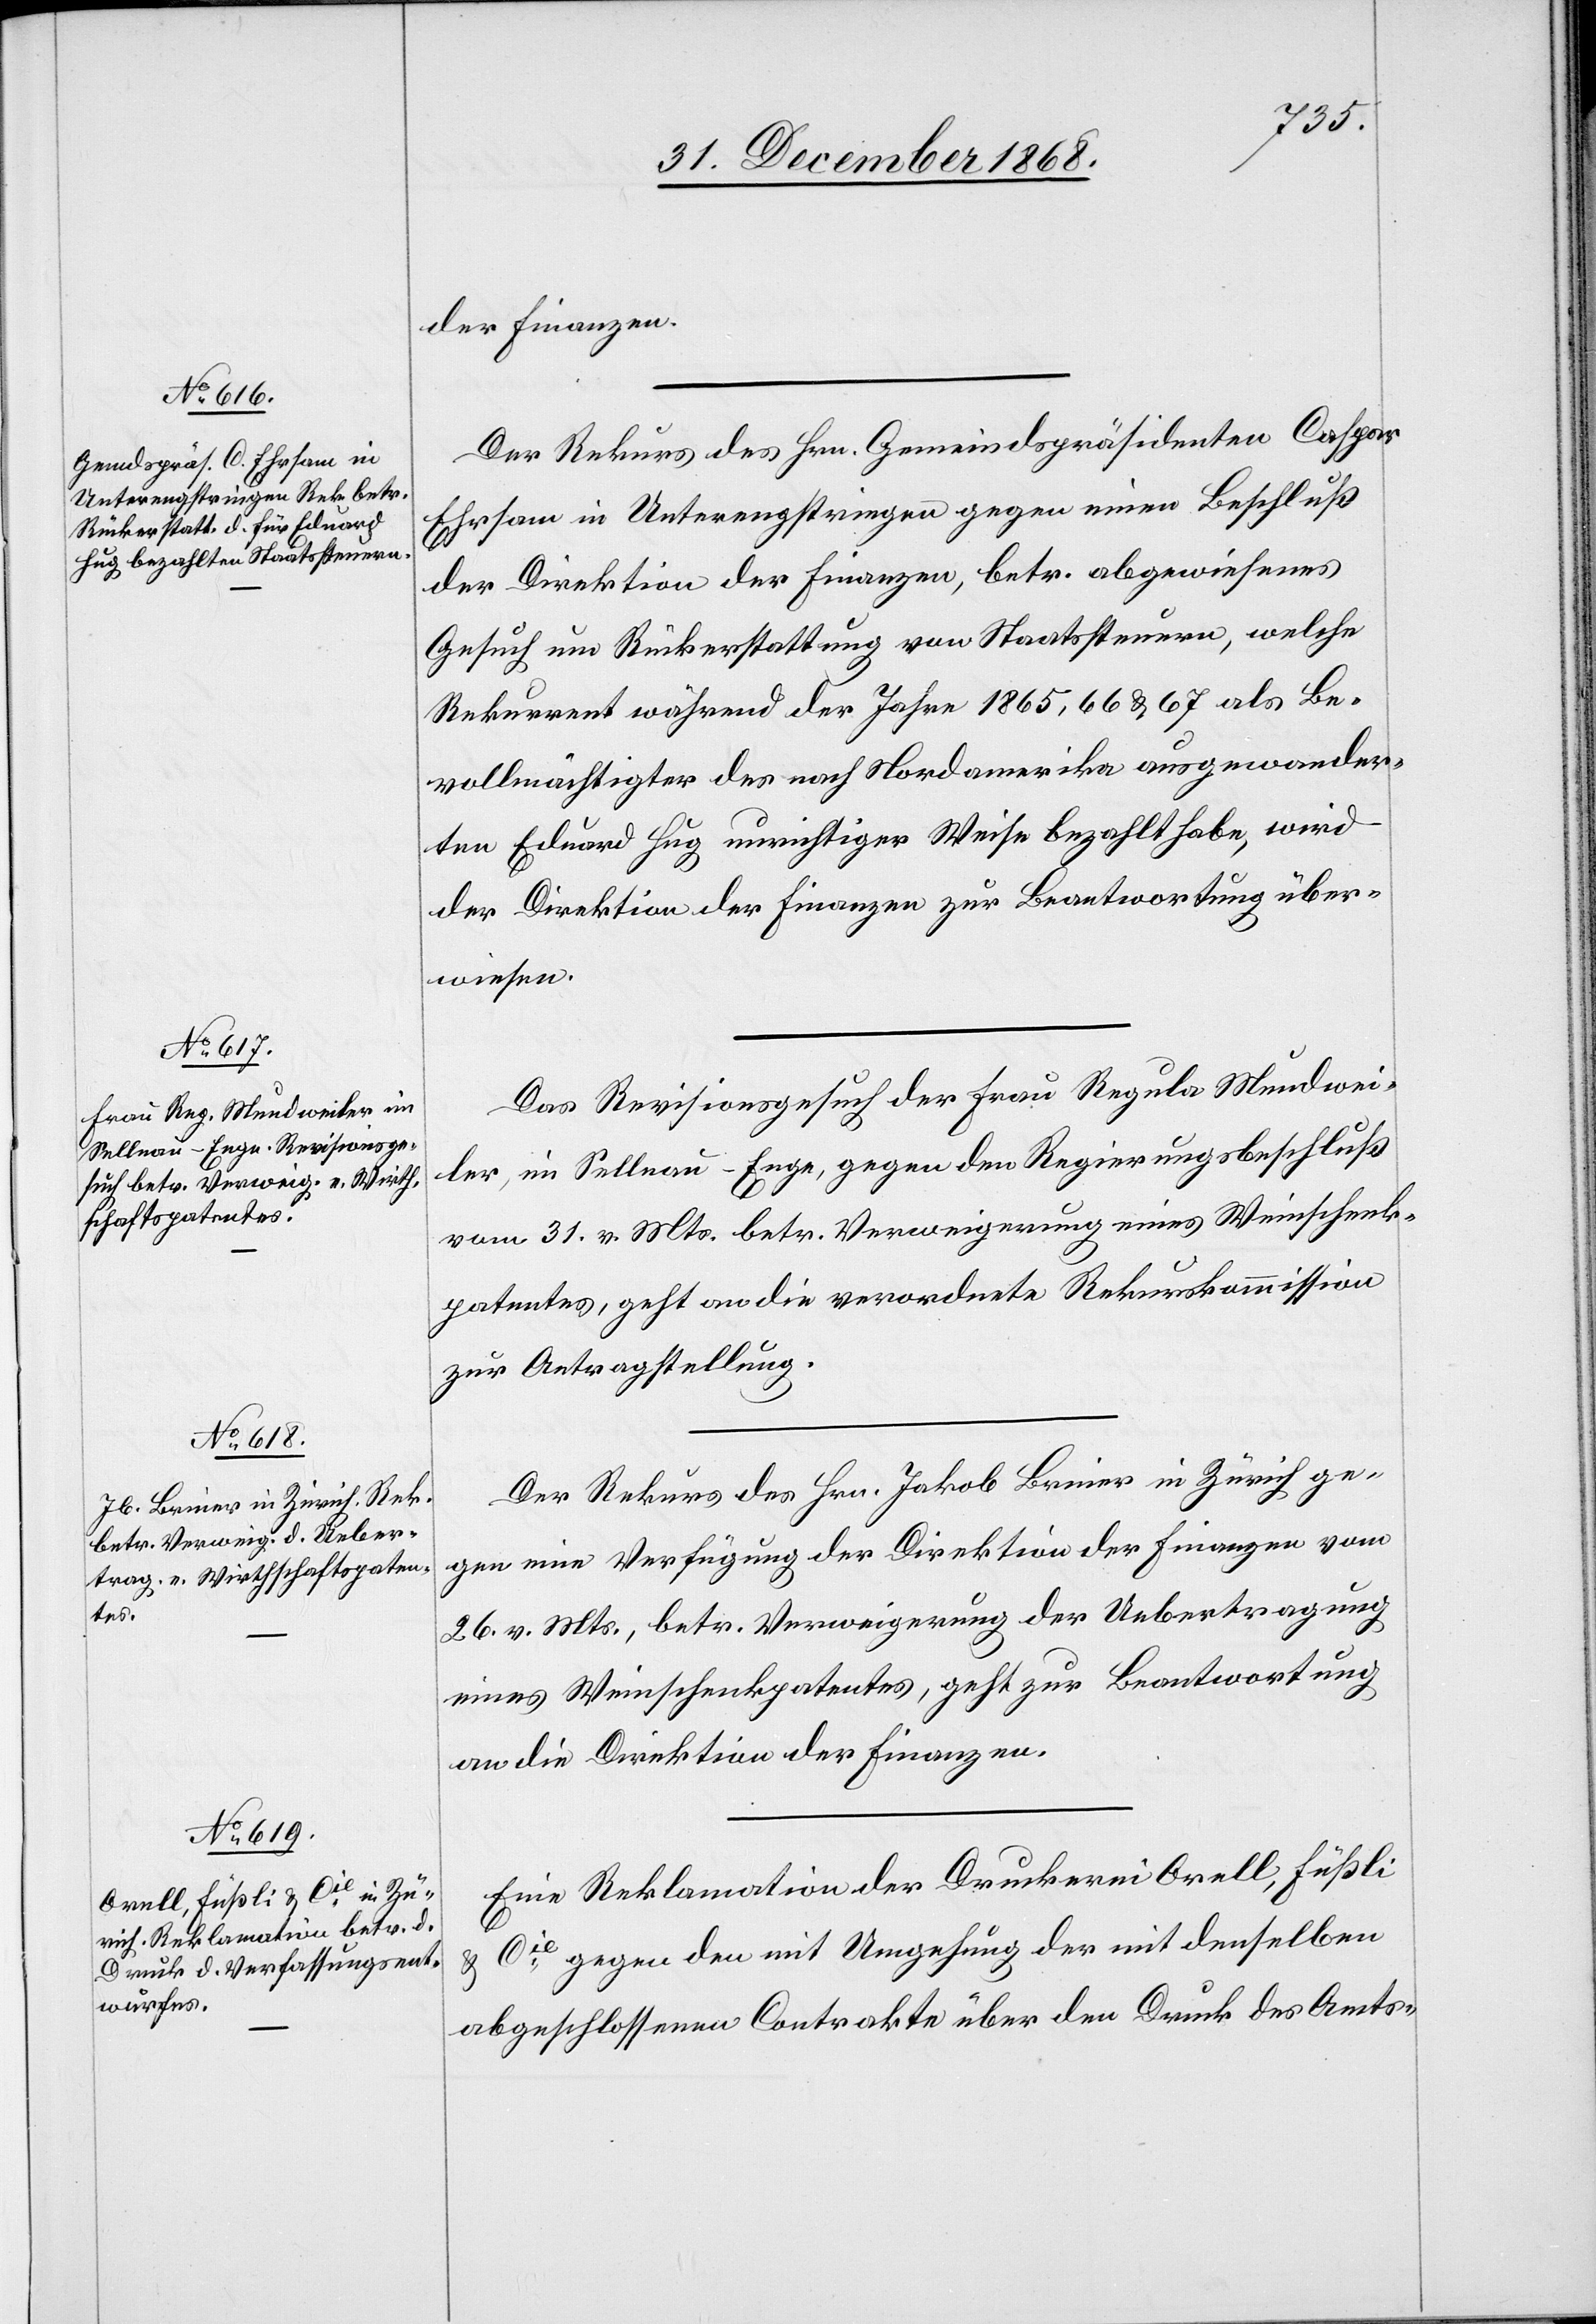
der Finanzen.
Der Rekurs des Hrn. Gemeindspräsidenten Caspar
Ehrsam in Unterengstringen gegen einen Beschluß
der Direktion der Finanzen, betr. abgewiesenes
Gesuch um Rückerstattung von Staatssteuern, welche
Rekurrent während der Jahre 1865, 66 & 67 als Be¬
vollmächtigter des nach Nordamerika ausgewander¬
ten Eduard Hug unrichtiger Weise bezahlt habe, wird
der Direktion der Finanzen zur Beantwortung über¬
wiesen.
Das Revisionsgesuch der Frau Regula Mundwei¬
ler, im Sellnau - Enge, gegen den Regierungsbeschluß
vom 31. v. Mts. betr. Verweigerung eines Weinschenk¬
patentes, geht an die verordnete Rekurskommission
zur Antragstellung.
Der Rekurs des Hrn. Jakob Briner in Zürich ge¬
gen eine Verfügung der Direktion der Finanzen vom
26. v. Mts., betr. Verweigerung der Uebertragung
eines Weinschenkpatentes, geht zur Beantwortung
an die Direktion der Finanzen.
Eine Reklamation der Druckerei Orell, Füßli
& Cie gegen den mit Umgehung der mit denselben
abgeschlossenen Contrakte über den Druck des Amts-